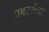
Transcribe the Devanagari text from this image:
प्रवरसेना